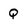
Character: Q